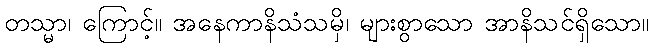
တသ္မာ၊ ကြောင့်။ အနေကာနိသံသမှိ၊ များစွာသော အာနိသင်ရှိသော။